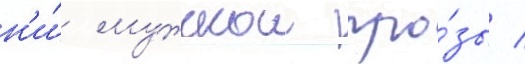
н'и́ мужскои про́зы /